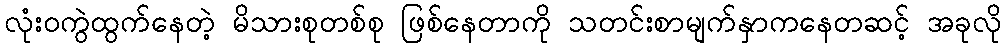
လုံးဝကွဲထွက်နေတဲ့ မိသားစုတစ်စု ဖြစ်နေတာကို သတင်းစာမျက်နှာကနေတဆင့် အခုလို